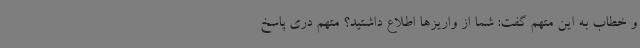
و خطاب به این متهم گفت: شما از واریزها اطلاع داشتید؟ متهم دری پاسخ